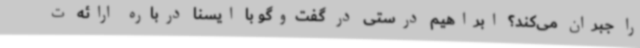
را جبران می‌کند؟ ابراهیم درستی در گفت‌وگو با ایسنا درباره ارائه ت